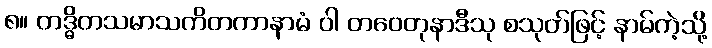
၈။ တဒ္ဓိတသမာသကိတကာနာမံ ဝါ တဝေတုနာဒီသု စသုတ်ဖြင့် နာမ်ကဲ့သို့